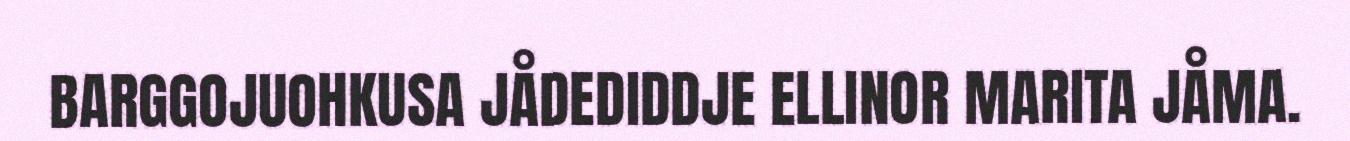
BARGGOJUOHKUSA JÅDEDIDDJE ELLINOR MARITA JÅMA.